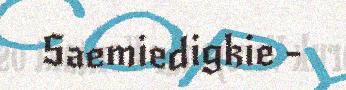
Saemiedigkie -